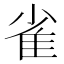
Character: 雀